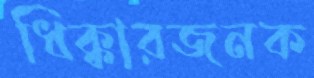
ধিক্কারজনক